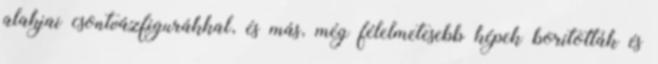
alakjai csontvázfigurákkal, és más, még félelmetesebb képek borították és